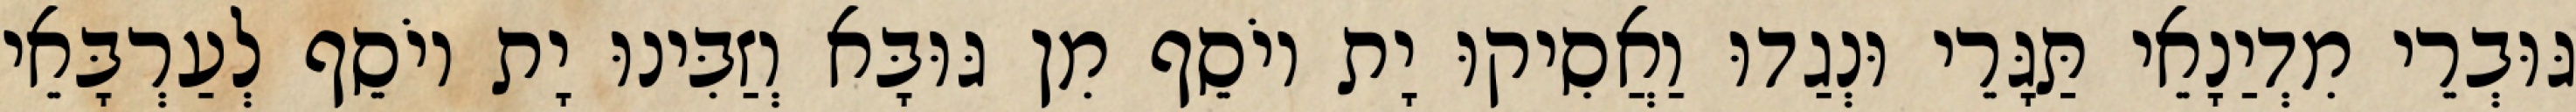
גּוּבְרֵי מִדְיַנָאֵי תַּגָּרֵי וּנְגַדוּ וַאֲסִיקוּ יָת יוֹסֵף מִן גּוּבָּא וְזַבִּינוּ יָת יוֹסֵף לְעַרְבָּאֵי